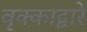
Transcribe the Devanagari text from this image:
वृक्काद्वारे